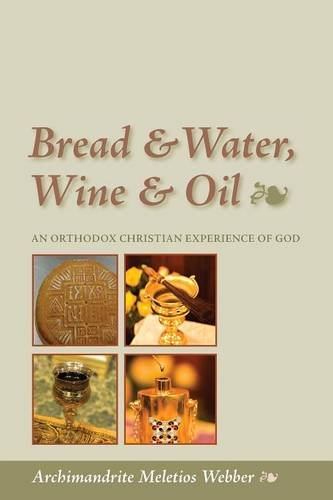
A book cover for Bread & Water, Wine & Oil: An Orthodox Christian Experience of God; Father Meletios Webber; Christian Books & Bibles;